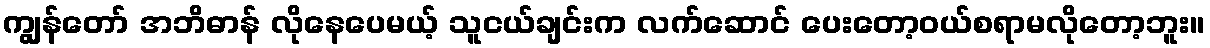
ကျွန်တော် အဘိဓာန် လိုနေပေမယ့် သူငယ်ချင်းက လက်ဆောင် ပေးတော့ဝယ်စရာမလိုတော့ဘူး။